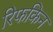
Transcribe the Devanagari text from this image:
रिफकिन